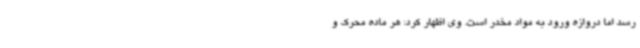
رسد اما دروازه ورود به مواد مخدر است. وی اظهار کرد: هر ماده محرک و